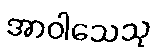
အာဝါသေသု